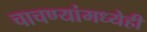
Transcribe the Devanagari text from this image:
चाचण्यांमध्येही